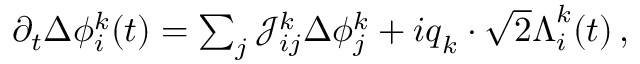
\begin{array} { r } { \partial _ { t } \Delta \phi _ { i } ^ { k } ( t ) = \sum _ { j } \mathcal { J } _ { i j } ^ { k } \Delta { \phi } _ { j } ^ { k } + i \boldsymbol { q } _ { k } \cdot \sqrt { 2 } \boldsymbol { \Lambda } _ { i } ^ { k } ( t ) \, , } \end{array}